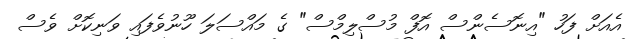
އެއަށް ފަހު "އިނޮސެންސް އޮފް މުސްލިމްސް" ގެ މައްސަލަ ހޫނުވެފައި ވަނިކޮށް ވެސް